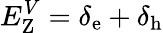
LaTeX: E_{\textrm{Z}}^{V}=\delta_{\textrm{e}}+\delta_{\textrm{h}}